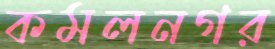
কমলনগর